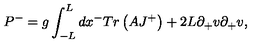
P ^ { - } = g \int _ { - L } ^ { L } d x ^ { - } T r \left( A J ^ { + } \right) + 2 L \partial _ { + } v \partial _ { + } v ,